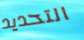
التحديد